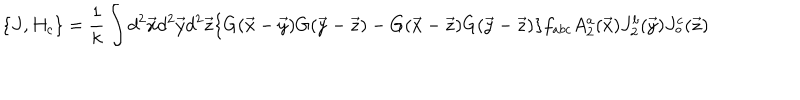
LaTeX: \{ J , H _ { c } \} = \frac { 1 } { k } \int d ^ { 2 } \vec { x } d ^ { 2 } \vec { y } d ^ { 2 } \vec { z } \{ G ( \vec { x } - \vec { y } ) G ( \vec { y } - \vec { z } ) - G ( \vec { x } - \vec { z } ) G ( \vec { y } - \vec { z } ) \} f _ { a b c } A _ { 2 } ^ { a } ( \vec { x } ) J _ { 2 } ^ { b } ( \vec { y } ) J _ { \circ } ^ { c } ( \vec { z } )